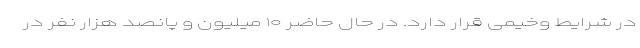
در شرایط وخیمی قرار دارد. در حال حاضر ۱۰ میلیون و پانصد هزار نفر در